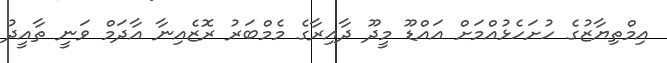
އިމްތިޔާޒުގެ ހުށަހެޅުއްމަށް އައްޑޫ މީދޫ ދާއިރާގެ މެމްބަރު ރޮޒެއިނާ އާދަމް ވަނީ ތާއީދު